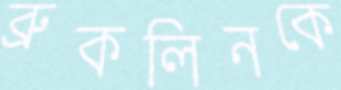
ব্রুকলিনকে